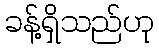
ခန့်ရှိသည်ဟု